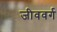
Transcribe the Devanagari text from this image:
जीववर्ग